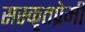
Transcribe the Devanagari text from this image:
सस्कृतप्रेमी